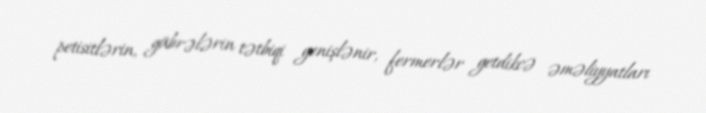
petisitlərin, gübrələrin tətbiqi genişlənir, fermerlər getdikcə əməliyyatları